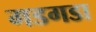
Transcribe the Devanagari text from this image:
गडगडा